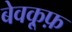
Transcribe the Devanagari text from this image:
बेवकू़फ़